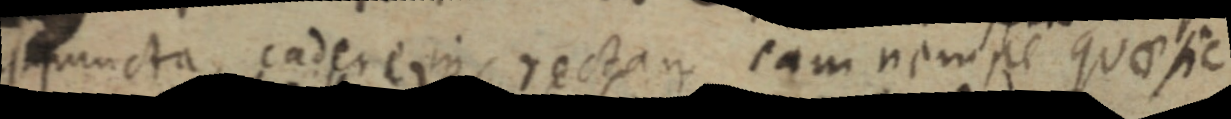
puncta cadere in rectam, eam nempe quaesie